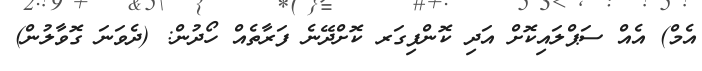
އެމް) އެއް ސަޕްލައިކޮށް އަދި ކޮންފިގަރ ކޮށްދޭނެ ފަރާތެއް ހޯދުން: (ދެވަނަ ގޮވާލުން)